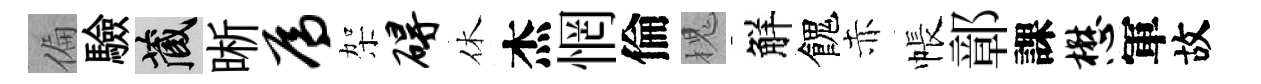
偏驗藏晰焉架碍休杰惘倫槐觧餽赤帳鄣課懋軍故